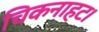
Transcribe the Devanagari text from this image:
चिकनाहट।